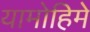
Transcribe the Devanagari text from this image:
यामोहिमे